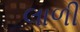
લાળી